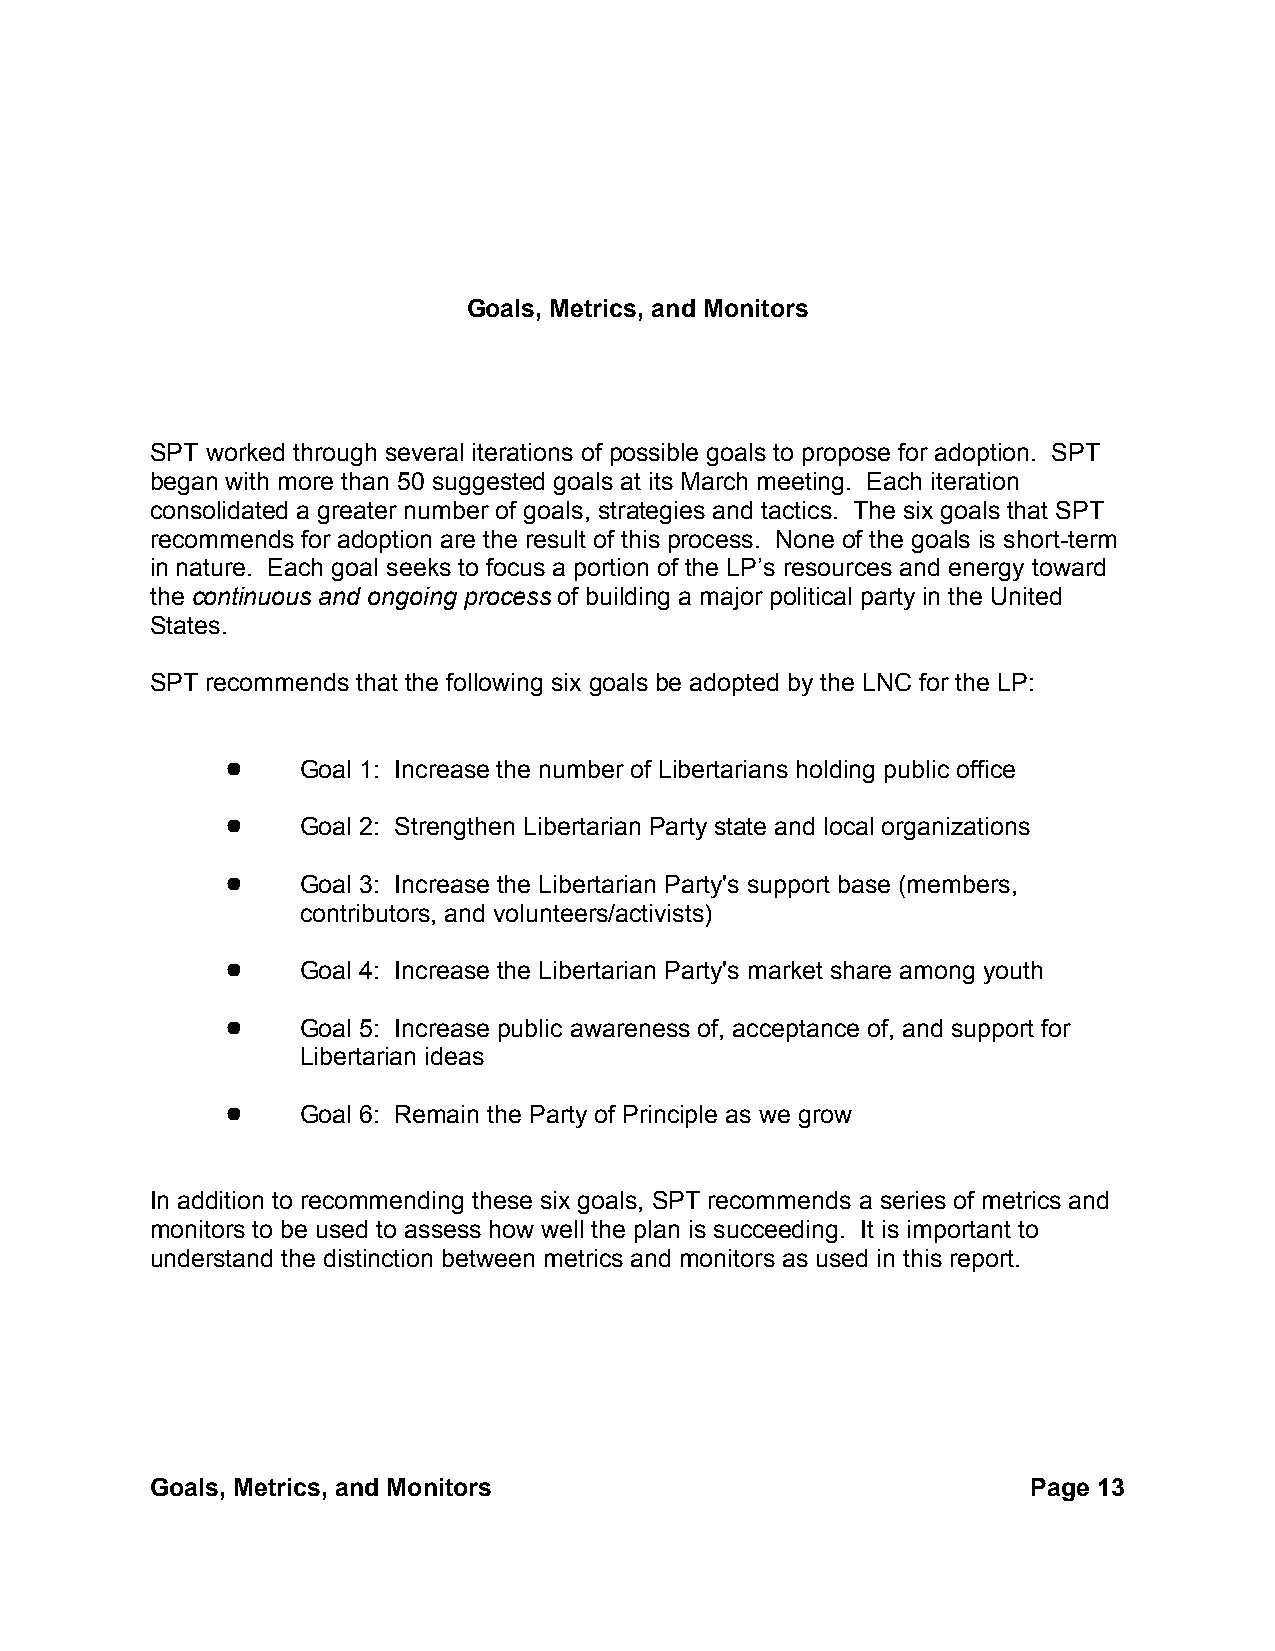
Goals, Metrics, and Monitors
 SPT worked through several iterations of possible goals to propose for adoption. SPT
 began with more than 50 suggested goals at its March meeting. Each iteration
 consolidated a greater number of goals, strategies and tactics. The six goals that SPT
 recommends for adoption are the result of this process. None of the goals is short-term
 in nature. Each goal seeks to focus a portion of the LP’s resources and energy toward
 the continuous and ongoing process of building a major political party in the United
 States.
 SPT recommends that the following six goals be adopted by the LNC for the LP:
 !    Goal 1: Increase the number of Libertarians holding public office
 !    Goal 2: Strengthen Libertarian Party state and local organizations
 !    Goal 3: Increase the Libertarian Party's support base (members,
 contributors, and volunteers/activists)
 !    Goal 4: Increase the Libertarian Party's market share among youth
 !    Goal 5: Increase public awareness of, acceptance of, and support for
 Libertarian ideas
 !    Goal 6: Remain the Party of Principle as we grow
 In addition to recommending these six goals, SPT recommends a series of metrics and
 monitors to be used to assess how well the plan is succeeding. It is important to
 understand the distinction between metrics and monitors as used in this report.
 Goals, Metrics, and Monitors                              Page 13